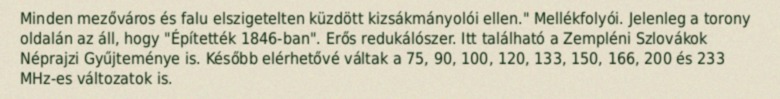
Minden mezőváros és falu elszigetelten küzdött kizsákmányolói ellen." Mellékfolyói. Jelenleg a torony oldalán az áll, hogy "Építették 1846-ban". Erős redukálószer. Itt található a Zempléni Szlovákok Néprajzi Gyűjteménye is. Később elérhetővé váltak a 75, 90, 100, 120, 133, 150, 166, 200 és 233 MHz-es változatok is.